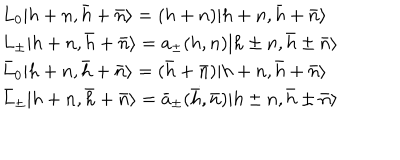
\begin{array} { l c r } { { { L _ { 0 } } { \vert { { h + n } , { \bar { h } + \bar { n } } } \rangle } = ( h + n ) { \vert { { h + n } , { \bar { h } + \bar { n } } } \rangle } } } \\ { { { L _ { \pm } } { \vert { { h + n } , { \bar { h } + \bar { n } } } \rangle } = a _ { \pm } ( h , n ) { \vert { { h \pm n } , { \bar { h } \pm \bar { n } } } \rangle } } } \\ { { { { \bar { L } } _ { 0 } } { \vert { { h + n } , { \bar { h } + \bar { n } } } \rangle } = ( { \bar { h } } + { \bar { n } } ) { \vert { { h + n } , { \bar { h } + \bar { n } } } \rangle } } } \\ { { { { \bar { L } } _ { \pm } } { \vert { { h + n } , { \bar { h } + \bar { n } } } \rangle } = { { \bar { a } } _ { \pm } } ( \bar { h } , \bar { n } ) { \vert { h \pm n } , { \bar { h } \pm \bar { n } } \rangle } } } \\ \end{array}